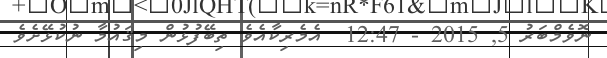
ނޮވެމްބަރު 5